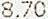
8.70